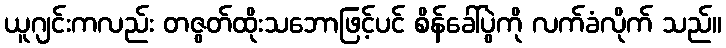
ယူဂျင်းကလည်း တဇွတ်ထိုးသဘောဖြင့်ပင် စိန်ခေါ်ပွဲကို လက်ခံလိုက် သည်။